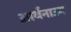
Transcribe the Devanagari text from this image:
आर्थनाउम